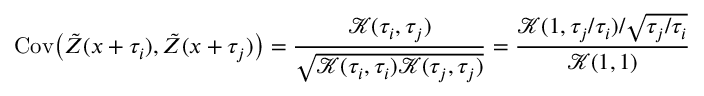
\mathrm { C o v } \big ( \tilde { Z } ( x + \tau _ { i } ) , \tilde { Z } ( x + \tau _ { j } ) \big ) = \frac { \mathcal { K } ( \tau _ { i } , \tau _ { j } ) } { \sqrt { \mathcal { K } ( \tau _ { i } , \tau _ { i } ) \mathcal { K } ( \tau _ { j } , \tau _ { j } ) } } = \frac { \mathcal { K } ( 1 , \tau _ { j } / \tau _ { i } ) / \sqrt { \tau _ { j } / \tau _ { i } } } { \mathcal { K } ( 1 , 1 ) }